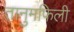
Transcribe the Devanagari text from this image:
तानुमफिली